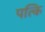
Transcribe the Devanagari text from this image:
पत्कि